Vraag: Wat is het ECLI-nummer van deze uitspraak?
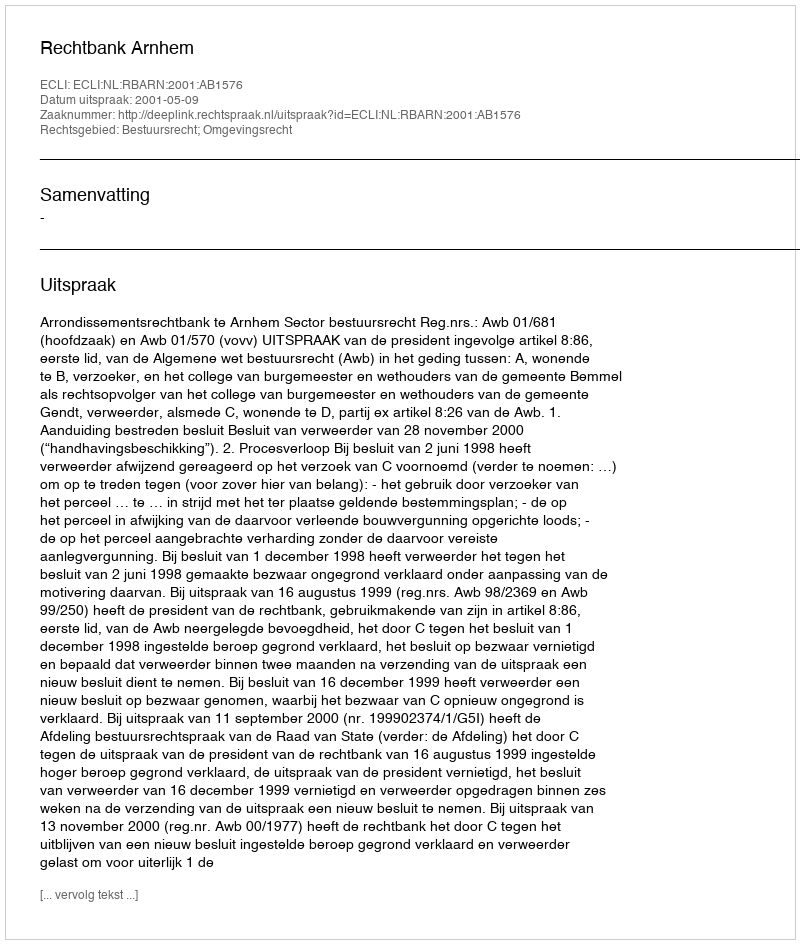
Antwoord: ECLI:NL:RBARN:2001:AB1576